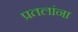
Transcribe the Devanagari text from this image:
प्रतलांना